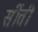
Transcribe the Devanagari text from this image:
सींती